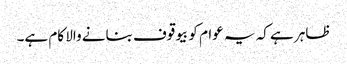
ظاہر ہے کہ یہ عوام کو بیوقوف بنانے والا کام ہے۔